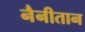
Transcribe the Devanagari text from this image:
नैनीतान